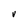
Character: V